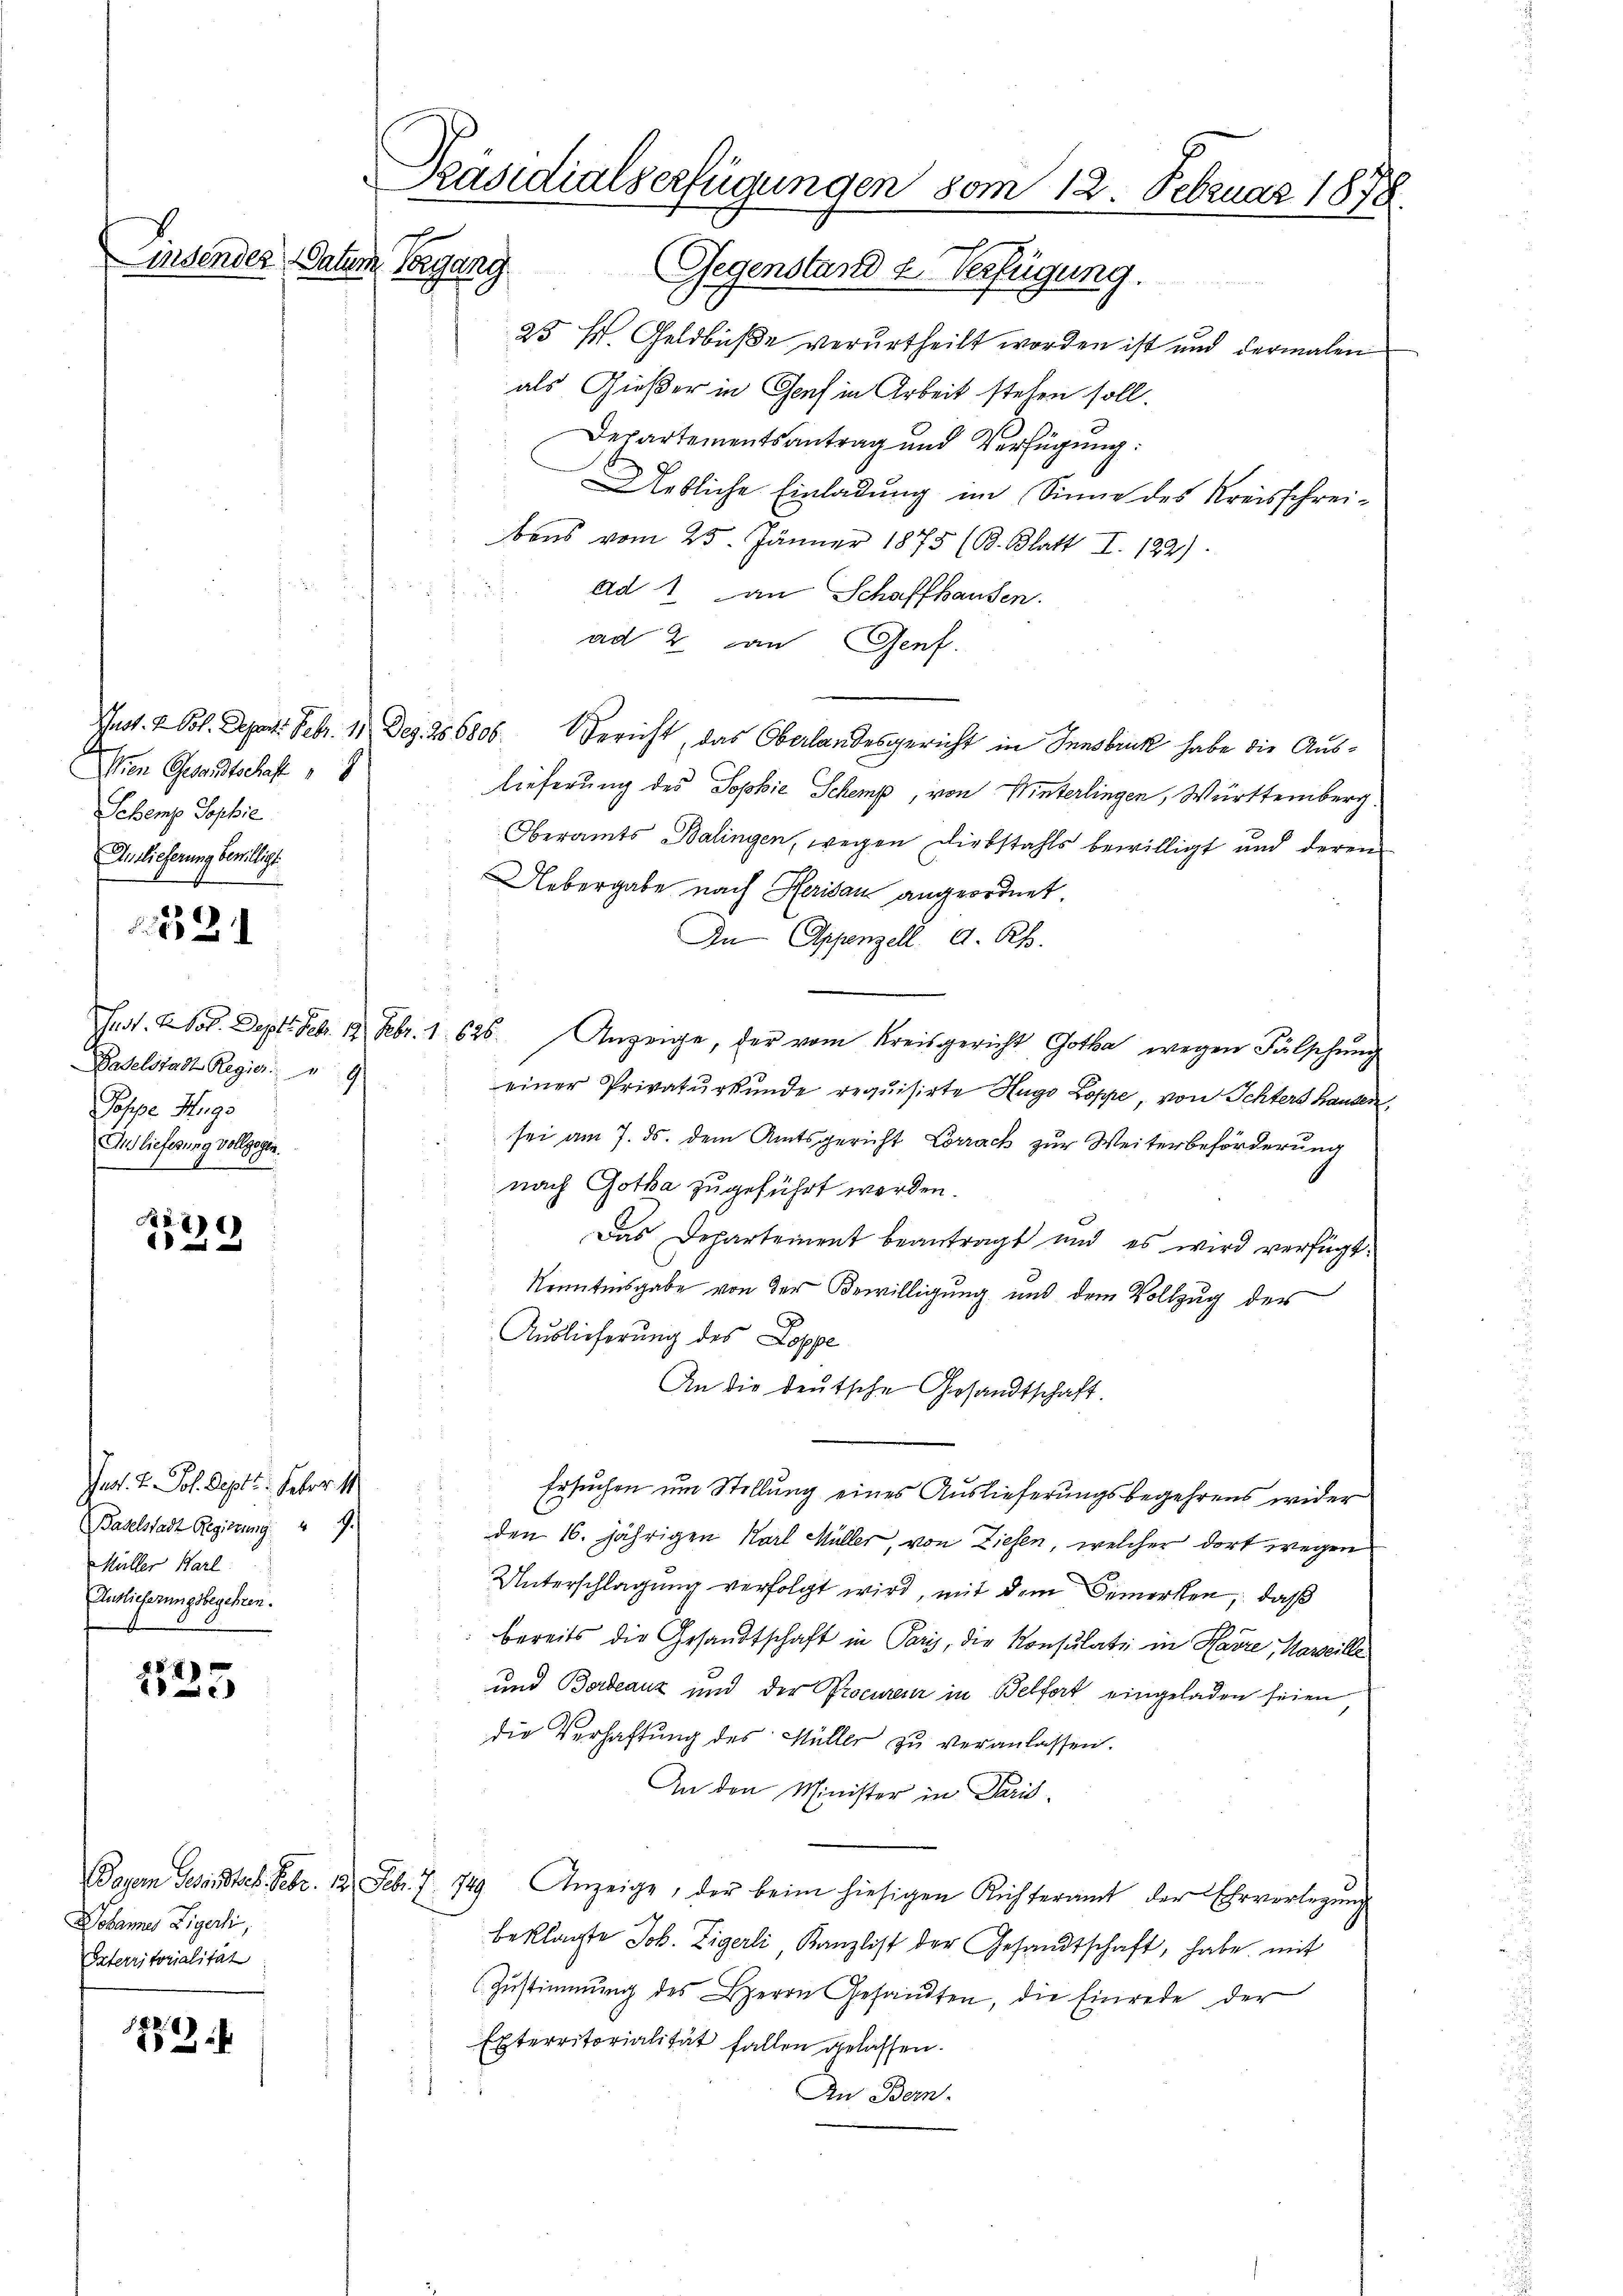
Einsender Datum

Wien Gesandtschaft
Schemp Sophie
Auslieferung bewilligt.

52

Daselstadt Regier.  9
Jospe Hugs
En lieferung vollzogen.

29

Jes. v. Joh. Sept. Feber 1
Baselstadt Regierung. 49.
Müller Karl
Andlicherungsbegehren.

257)

Johannes Eigenti,
Paterritorialität

2

Präsidialserfügungen vom 12. Februar 1878.
2
tegang. Gegenstand u. Verfügung.

25 Hs. Geldbuße verurtheilt worden ist und dermalen
als Gießer in Genf in Arbeit stehen soll.
Departementsantrag und Verfügung:
Uebliche Einladung im Sinne des Kreisschrei-
bens vom 25. Jänner 1875 (B. Blatt I. 122)
i
ad 1. an Schaffhausen.
ad 2. an Genf.
Anot. V. Pol. Depart. Febr. 11 Dez. 286806. Bericht, das Oberlandesgericht in Innsbruck habe die Auslieferung des Sophie Schemp, von Winterlingen, Württemberg
Oberamts Balingen, wegen Diebstahls bewilligt und deren
Uebergabe nach Herisau angeordnet.
In Appenzell A. Rh.
Tust. Kot. Sept. Feb. 18. Febr. 1. 626. Anzeige, der vom Kreisgericht Gotha wegen Fälschung
einer Privaturkunde requisirte Hugo Loppe, von Ichters Handen,
sei am 7. ds. dem Amtsgericht Lörrack zur Weiterbeförderung
nach Gotha zugeführt werden.
Das Departement beantragt und es wird verfügt:
Kenntnisgabe von der Bewilligung und dem Vollzug der
Auslieferung des Loppe
An die deutsche Gesandtschaft.
Ersuchen um Stellung eines Auslieferungsbegehrens wider
2
 den 16. jährigen Karl Müller, von Ziesen, welcher dort wegen
Unterschlagung verfolgt wird, mit dem Bemerken, daß
bereits die Gesandtschaft in Paris, die Konsulati in Havre, Marseille
und Bordeauz und der Procureur in Belfort eingeladen seien
die Verhaftung des Müller zu veranlassen.
An den Minister in Paris
Wogen Gesandtsch. Febr. 12. Febr. 7. 749 Anzeige, der beim hiesigen Richteramt der Ehrverlegŭng
beklagte Joh. Zigerli, Kanzlist der Gesandtschaft, habe mit
(Zustimmung des Herrn Gesandten, die Einrede der
Exterritorialität fallen gelassen.
An Bern.